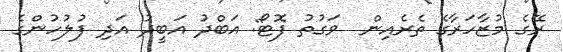
ރޭގެ މުޒާހަރާގެ ތެރެއިން  ވަގުތު ފޮޓޯ: އަބްދު އަބީދު އަދި ފުލުހުންގެ